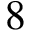
8